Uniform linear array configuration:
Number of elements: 16
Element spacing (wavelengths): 0.25
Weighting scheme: blackman
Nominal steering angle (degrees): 30
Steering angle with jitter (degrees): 28.004
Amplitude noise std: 0.05
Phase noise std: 0.05

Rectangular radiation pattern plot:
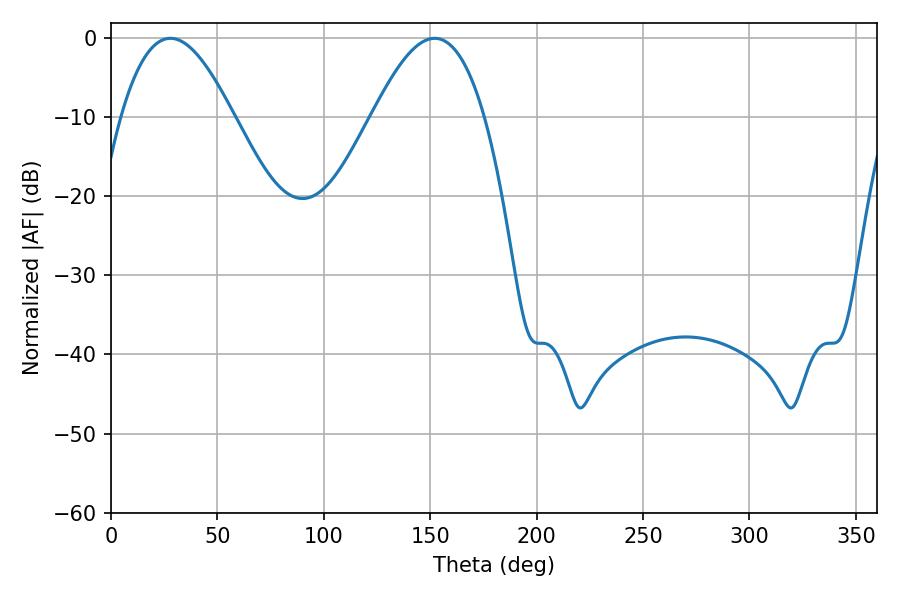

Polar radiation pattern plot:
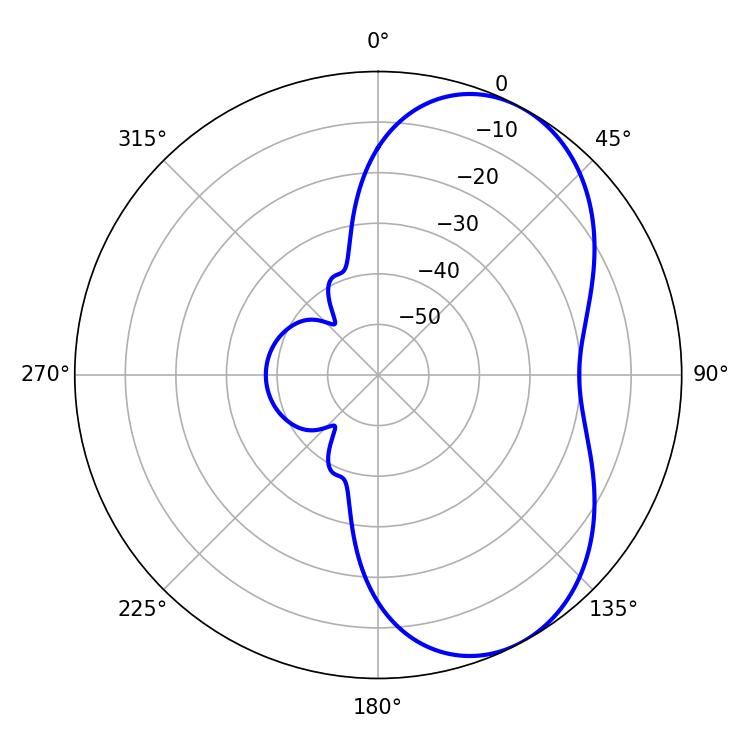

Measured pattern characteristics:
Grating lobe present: FALSE
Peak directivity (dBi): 5.682
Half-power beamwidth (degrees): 28.62
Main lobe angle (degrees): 27.9